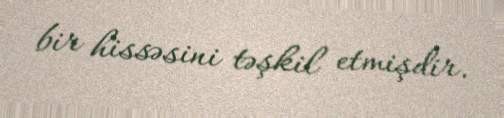
bir hissəsini təşkil etmişdir.